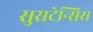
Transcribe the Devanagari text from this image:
सुराटेन्सिस